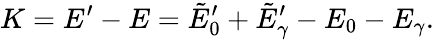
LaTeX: K=E^{\prime}-E=\tilde{E}_{0}^{\prime}+\tilde{E}_{\gamma}^{\prime}-E_{0}-E_{\gamma}.